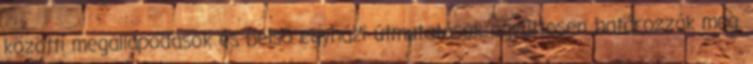
közötti megállapodások és belső egyházi útmutatások együttesen határozzák meg.